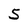
Character: 5